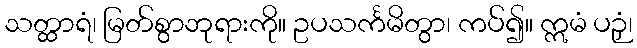
သတ္ထာရံ၊ မြတ်စွာဘုရားကို။ ဥပသင်္ကမိတွာ၊ ကပ်၍။ ဣမံ ပဉှံ၊